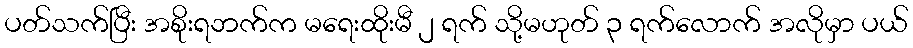
ပတ်သက်ပြီး အစိုးရဘက်က မရေးထိုးမီ ၂ ရက် သို့မဟုတ် ၃ ရက်လောက် အလိုမှာ ပယ်